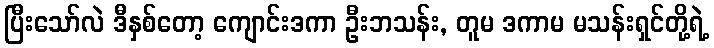
ပြီးသော်လဲ ဒီနှစ်တော့ ကျောင်းဒကာ ဦးဘသန်း, တူမ ဒကာမ မသန်းရှင်တို့ရဲ့